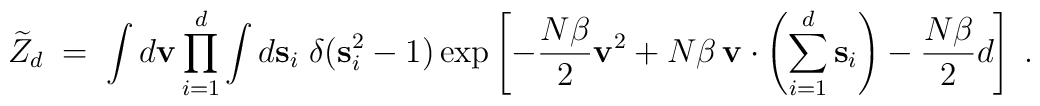
\widetilde{Z}_d\;=\; \int d{\bf v} \prod_{i=1}^d \int d {\bf s}_i\;\delta ({\bf s}_i^2 -1) \exp \left[ - {N\beta\over 2}{\bf v}^2 + N\beta\, {\bf v}\cdot \left( \sum_{i=1}^d {\bf s}_i\right) - {N\beta\over 2}d\right]\;.